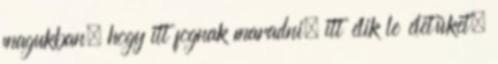
magukban, hogy itt fognak maradni, itt élik le életüket.